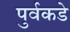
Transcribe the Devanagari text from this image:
पुर्वकडे